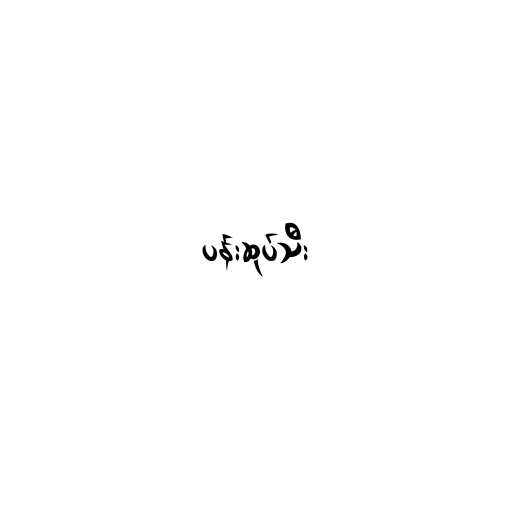
ပန်းဆုပ်သီး